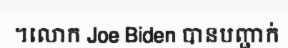
។លោក Joe Biden បានបញ្ជាក់